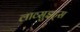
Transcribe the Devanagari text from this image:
लाव्सुइट्स